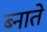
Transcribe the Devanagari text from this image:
ब्नाते